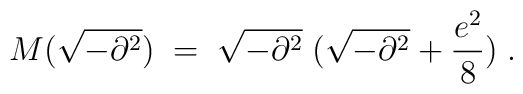
M(\sqrt{-\partial^2})\;=\; \sqrt{-\partial^2} \; ( \sqrt{-\partial^2}+ \frac{e^2}{8}) \;.